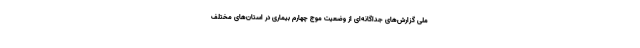
ملی گزارش‌های جداگانه‌ای از وضعیت موج چهارم بیماری در استان‌های مختلف